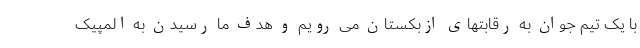
با یک تیم جوان به رقابتهای ازبکستان می رویم و هدف ما رسیدن به المپیک